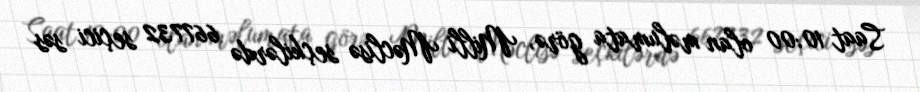
Saat 10:00 olan məlumata görə, Milli Məclisə seçkilərdə 667732 seçici səs